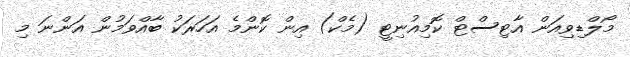
މޯލްޑިވިއަން އާޓިސްޓް ކޮމިއުނިޓީ (މެކް) އިން ކޮންމެ އަހަރަކު ބާއްވަމުން އަންނަ މި